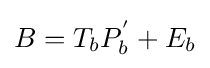
B=T_{b}P_{b}^{'}+E_{b}